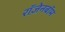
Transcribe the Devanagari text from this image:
रॉज़ेनबॉम